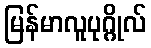
မြန်မာလူပုဂ္ဂိုလ်